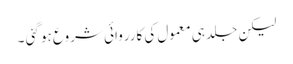
لیکن جلد ہی معمول کی کارروائی شروع ہو گئی ۔